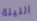
الليلة